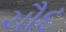
ચૌદ